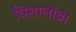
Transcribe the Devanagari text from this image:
विशालांध्रा